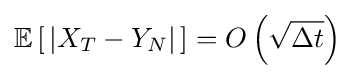
\mathbb {E} \left[\,|X_{T}-Y_{N}|\,\right]=O\left({\sqrt {\Delta t}}\right)